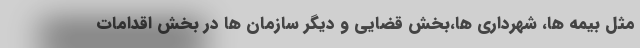
مثل بیمه ها، شهرداری ها،بخش قضایی و دیگر سازمان ها در بخش اقدامات